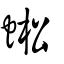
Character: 蜙